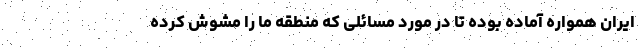
ایران همواره آماده بوده تا در مورد مسائلی که منطقه ما را مشوش کرده